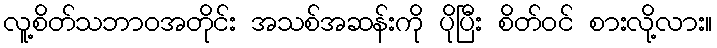
လူ့စိတ်သဘာဝအတိုင်း အသစ်အဆန်းကို ပိုပြီး စိတ်ဝင် စားလို့လား။